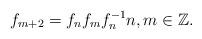
LaTeX: \begin{align*}f_{m+2}=f_nf_mf_n^{-1} n,m \in \mathbb Z.\end{align*}